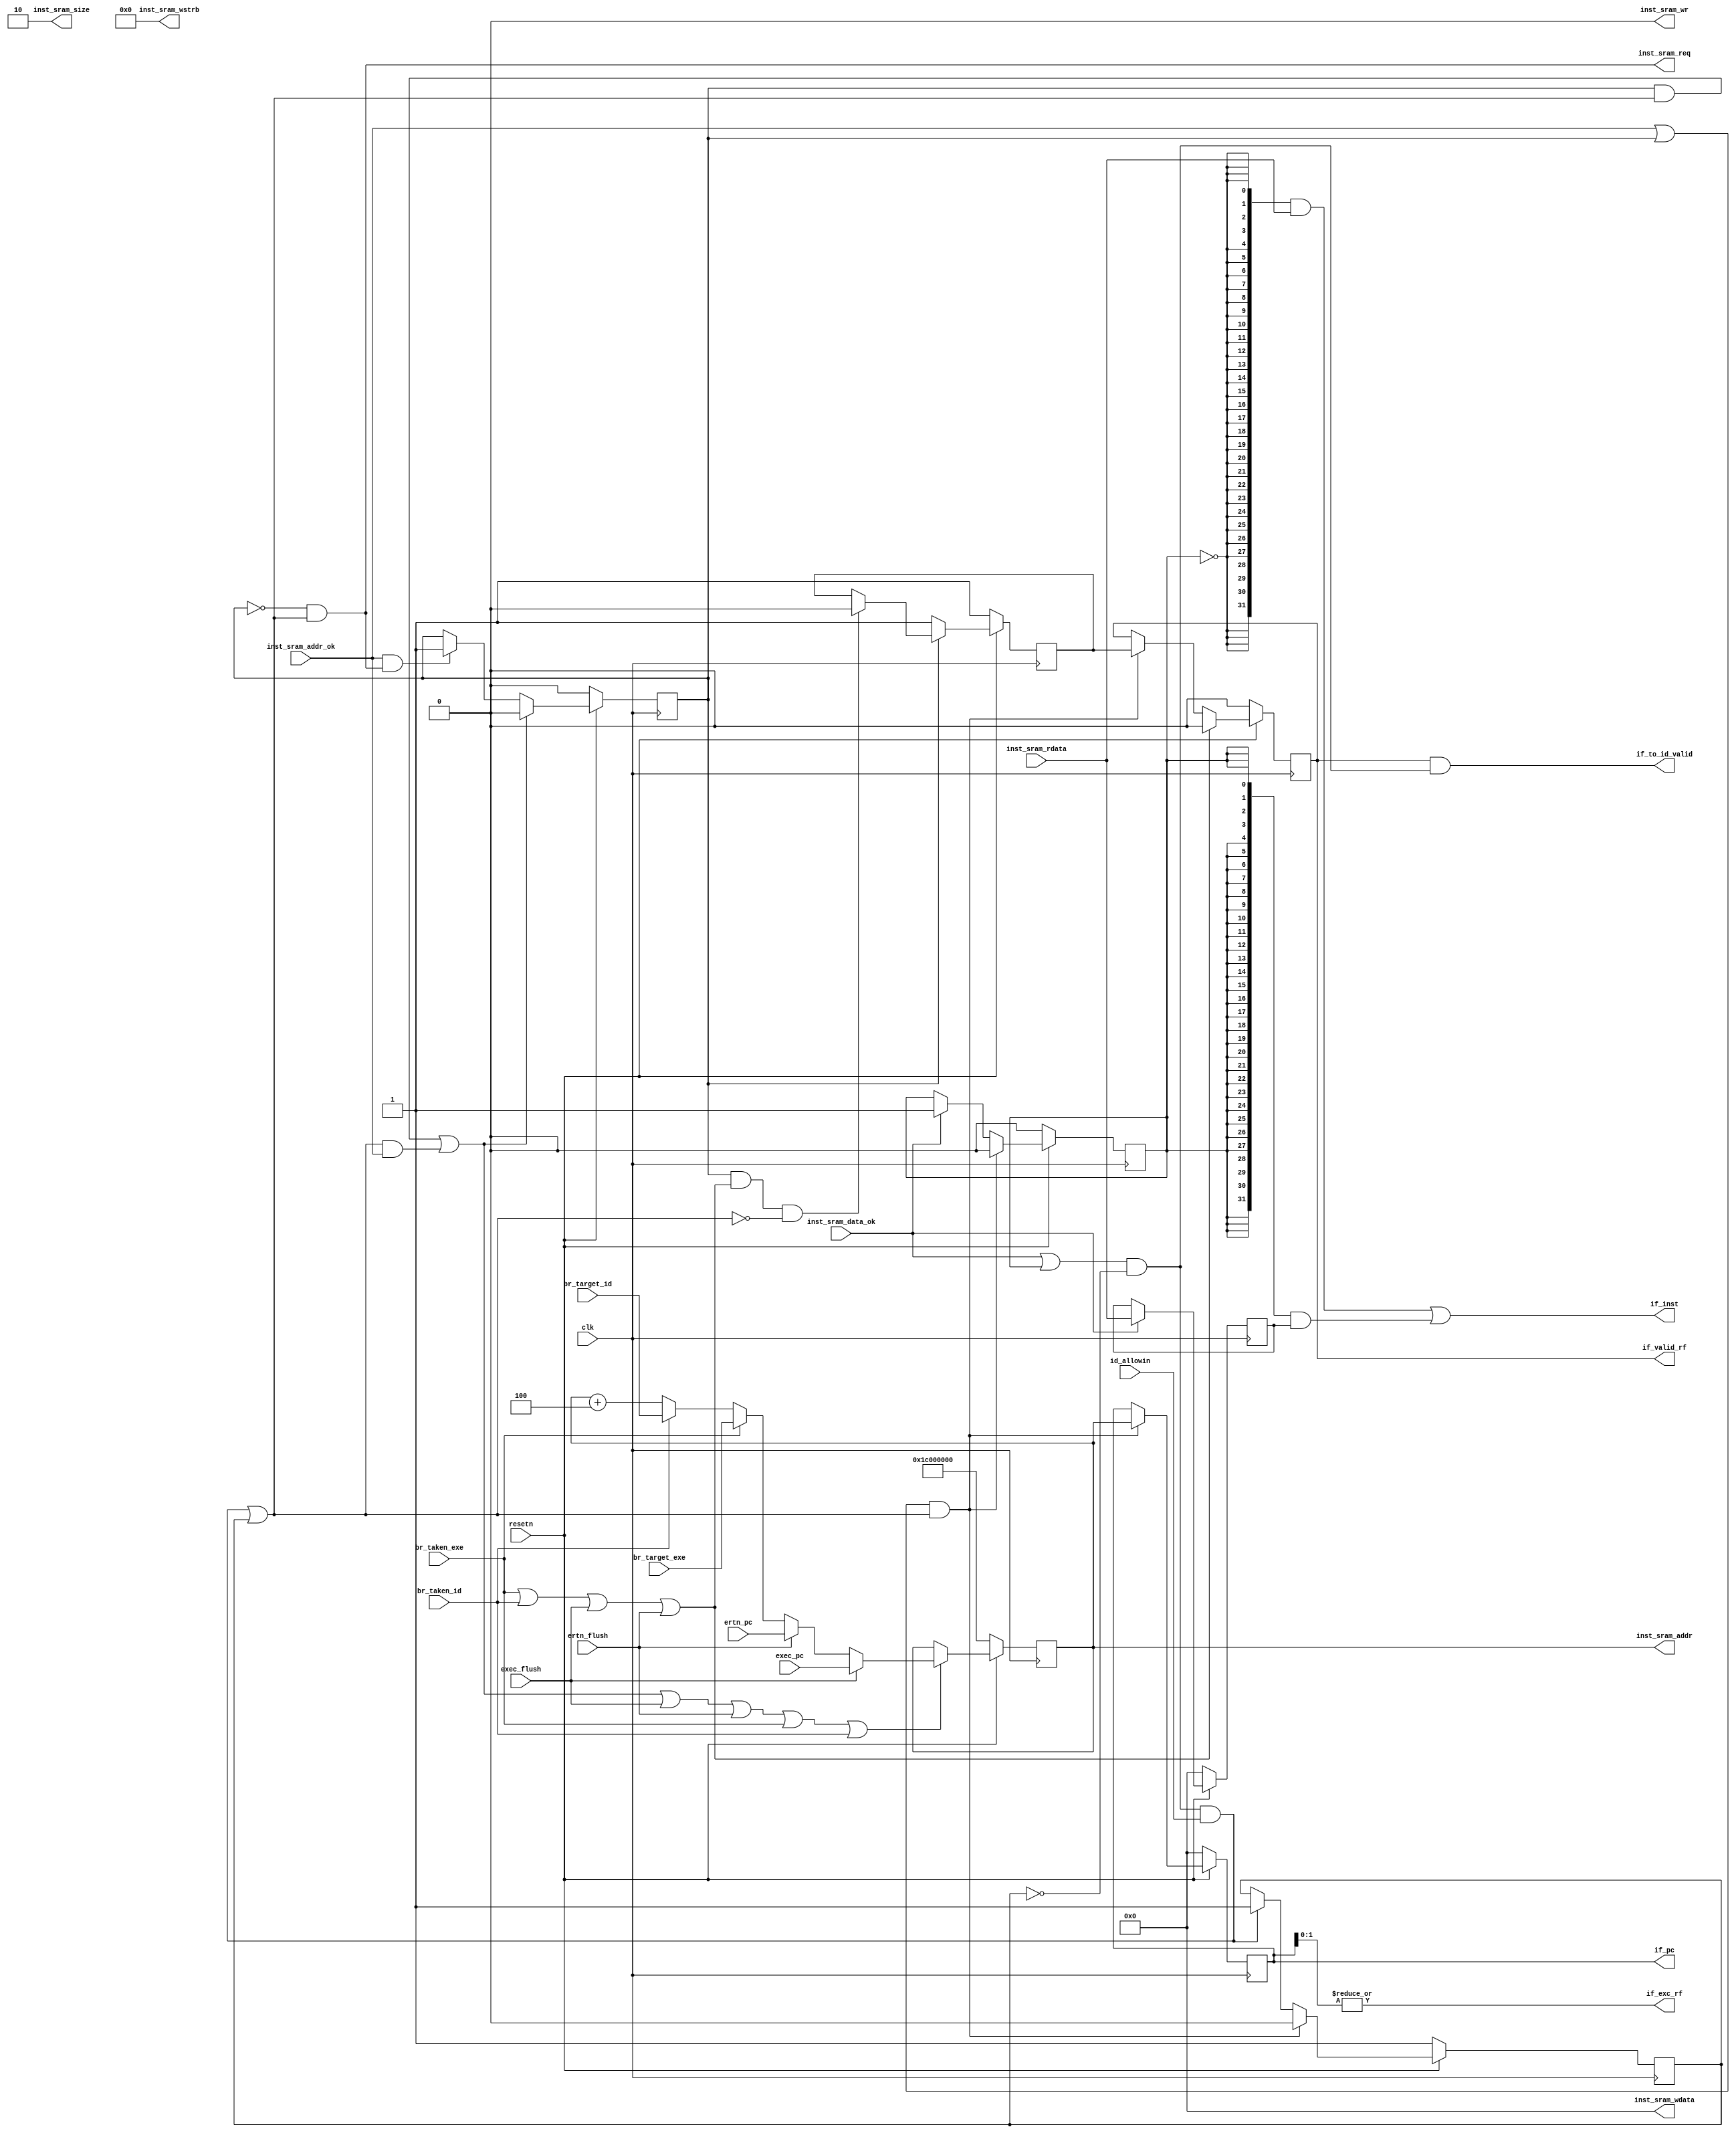
module IFstate(
    input             clk,
    input             resetn, // resetn==1 <-> do reset
    output             if_valid_rf,

    // output            inst_sram_en,
    output wire        inst_sram_req,
    output wire        inst_sram_wr,
    output wire [ 1:0] inst_sram_size,
    output wire [ 3:0] inst_sram_wstrb,
    output wire [31:0] inst_sram_addr,
    output wire [31:0] inst_sram_wdata,
    input wire         inst_sram_addr_ok,
    input wire         inst_sram_data_ok,
    input  wire [31:0] inst_sram_rdata,
    // output     [ 3:0] inst_sram_we,
    // output     [31:0] inst_sram_addr,
    // output     [31:0] inst_sram_wdata,
    // input      [31:0] inst_sram_rdata,

    input             id_allowin,
    input             br_taken_id,
    input      [31:0] br_target_id,
    input             br_taken_exe,
    input      [31:0] br_target_exe,
    output            if_to_id_valid,
    output     [31:0] if_inst,
    output     [31:0] if_pc,
    input      [31:0] ertn_pc,
    input      [31:0] exec_pc,
    input             ertn_flush,
    input             exec_flush,
    output            if_exc_rf
);
    reg  [31:0] pc_src;
    reg         pre_if_handled;
    reg         pre_if_valid;
    wire        pre_if_ready_go;
    wire        pre_if_allowin;
    reg         if_handled;
    reg         if_valid;
    reg  [31:0] if_pc_reg;
    reg  [31:0] if_inst_reg;
    reg         if_gone;
    wire        if_ready_go;
    wire        if_allowin;
    // reg         if_valid;
    wire [31:0] pc_seq;
    wire [31:0] pre_if_pc_next;
    

    assign pre_if_allowin  = pre_if_handled & if_allowin 
                             | if_allowin & inst_sram_addr_ok;//not received request or has gone
    assign pre_if_ready_go = inst_sram_addr_ok | pre_if_handled;//request received
    assign if_allowin      = if_ready_go & id_allowin | if_gone;
    assign if_ready_go     = (inst_sram_data_ok | if_handled) & ~if_gone;
    assign if_to_id_valid  = if_valid & if_ready_go;
    
    always @(posedge clk ) begin
        if(~resetn)
            pre_if_handled <= 1'b0;
        else if(pre_if_allowin)
            pre_if_handled <= 1'b0;
        else if(inst_sram_addr_ok & inst_sram_req)
            pre_if_handled <= 1'b1;
    end

    always @(posedge clk ) begin
        if(~resetn)
            if_handled <= 1'b0;//allow the first instruction in 
        else if(if_allowin & pre_if_ready_go)
            if_handled <= 1'b0;
        else if(inst_sram_data_ok)
            if_handled <= 1'b1;
    end

    always @(posedge clk ) begin
        if(~resetn)
            pre_if_valid <= 1'b1;
        else if(~pre_if_handled)//request not received, always valid
            pre_if_valid <= 1'b1;
        else if(pre_if_handled & (br_taken_exe | br_taken_id | exec_flush | ertn_flush) & ~if_allowin)
            pre_if_valid <= 1'b0;
    end

    always @(posedge clk) begin
        if(~resetn)
            if_valid <= 1'b0;
        else if(br_taken_exe | br_taken_id | exec_flush | ertn_flush)
            if_valid <= 1'b0;
        else if(if_allowin & pre_if_ready_go)
            if_valid <= pre_if_valid;
    end

    always @(posedge clk ) begin
        if(~resetn)
            if_pc_reg <= 1'b0;
        else if(if_allowin & pre_if_ready_go)
            if_pc_reg <= pc_src;
    end

    always @(posedge clk ) begin
        if(~resetn)
            if_gone <= 1'b1;
        else if(pre_if_ready_go & if_allowin)
            if_gone <= 1'b0;
        else if(if_ready_go & id_allowin)
            if_gone <= 1'b1;
    end

    always @(posedge clk ) begin
        if(~resetn)
            if_inst_reg <= 32'b0;
        else if(inst_sram_data_ok)
            if_inst_reg <= inst_sram_rdata;
        else
            if_inst_reg <= if_inst_reg;
    end

    /* Instruction Fetch: use inst_sram */
    // assign inst_sram_en    = if_allowin & resetn;
    assign inst_sram_req = ~pre_if_handled & if_allowin;
    assign inst_sram_wr = 1'b0;
    assign inst_sram_size = 2'b10;
    assign inst_sram_wstrb = 4'b0;
    assign inst_sram_addr = pc_src;
    assign inst_sram_wdata = 32'b0;
    assign if_pc = if_pc_reg;
    // assign inst_sram_we    = 4'b0;
    // assign inst_sram_addr  = pre_if_pc_next;
    // assign inst_sram_wdata = 32'b0;


    /* Write if_pc: write pre_if_pc_next generated from the former instruction */
    assign pc_seq  = pc_src + 32'd4;  
    assign pre_if_pc_next = exec_flush? exec_pc: ertn_flush? ertn_pc :br_taken_exe ? br_target_exe : br_taken_id ? br_target_id : pc_seq;
    // br signals passed on from IDstate
    always @(posedge clk) begin
        if(~resetn)
            pc_src <= 32'h1c000000;
        else if(pre_if_allowin | exec_flush | ertn_flush | br_taken_exe | br_taken_id)
            pc_src <= pre_if_pc_next;
    end
    assign if_inst = {32{~if_handled}} & inst_sram_rdata | {32{if_handled}} & if_inst_reg;
    assign if_exc_rf = | if_pc_reg[1:0];
    assign if_valid_rf = if_valid;
endmodule